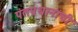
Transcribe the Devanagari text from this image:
पंतप्रधानांची